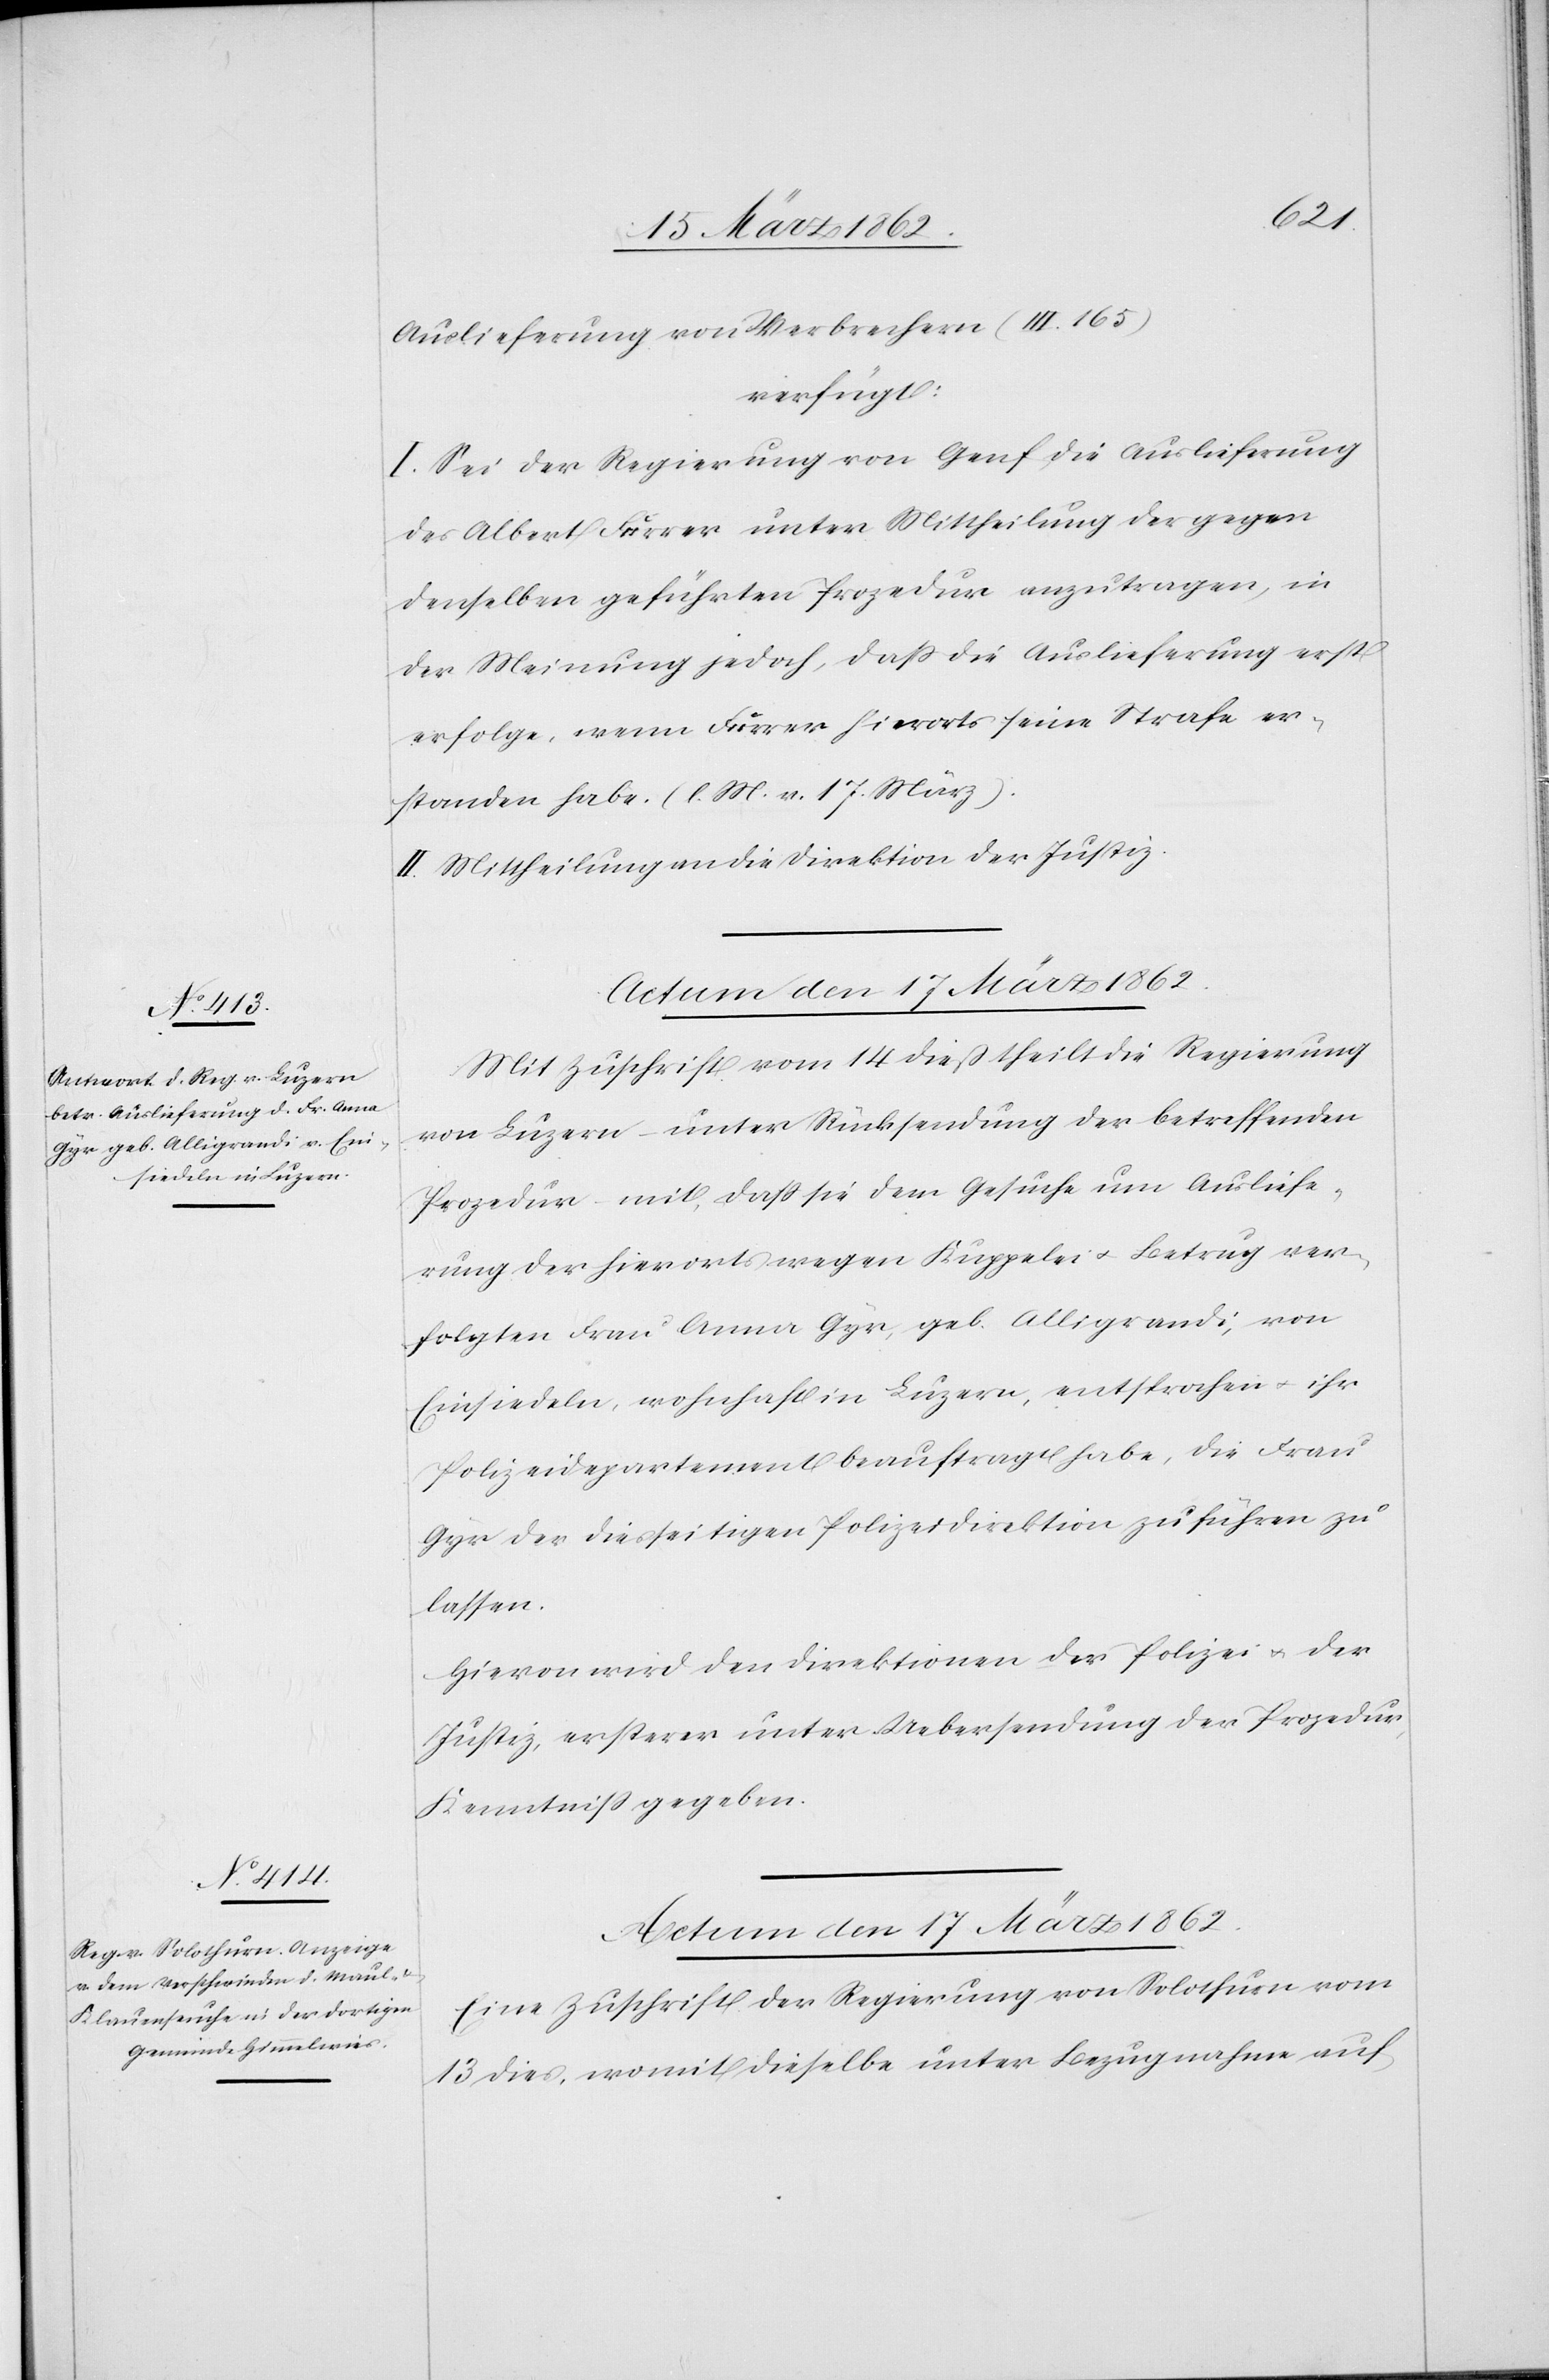
Auslieferung von Verbrechern (III. 165)
verfügt:
I. Sei der Regierung von Genf die Auslieferung
des Albert Furrer unter Mittheilung der gegen
denselben geführten Prozedur anzutragen, in
der Meinung jedoch, daß die Auslieferung erst
erfolge, wenn Furrer hierorts seine Strafe er¬
standen habe. (l. M. v. 17. März).
II. Mittheilung an die Direktion der Justiz.
Mit Zuschrift vom 14 dieß theilt die Regierung
von Luzern – unter Rücksendung der betreffenden
Prozedur – mit, daß sie dem Gesuche um Ausliefe¬
rung der hierorts wegen Kuppelei u. Betrug ver¬
folgten Frau Anna Gyr, geb. Alligrandi, von
Einsiedeln, wohnhaft in Luzern, entsprochen u. ihr
Polizeidepartement beauftragt habe, die Frau
Gyr der diesseitigen Polizeidirektion zuführen zu
lassen.
Hievon wird den Direktionen der Polizei u. der
Justiz, ersterer unter Uebersendung der Prozedur,
Kenntniß gegeben.
Actum den 17 März 1862.
Eine Zuschrift der Regierung von Solothurn vom
13 dies, womit dieselbe unter Bezugnahme auf